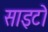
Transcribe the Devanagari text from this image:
साइटो